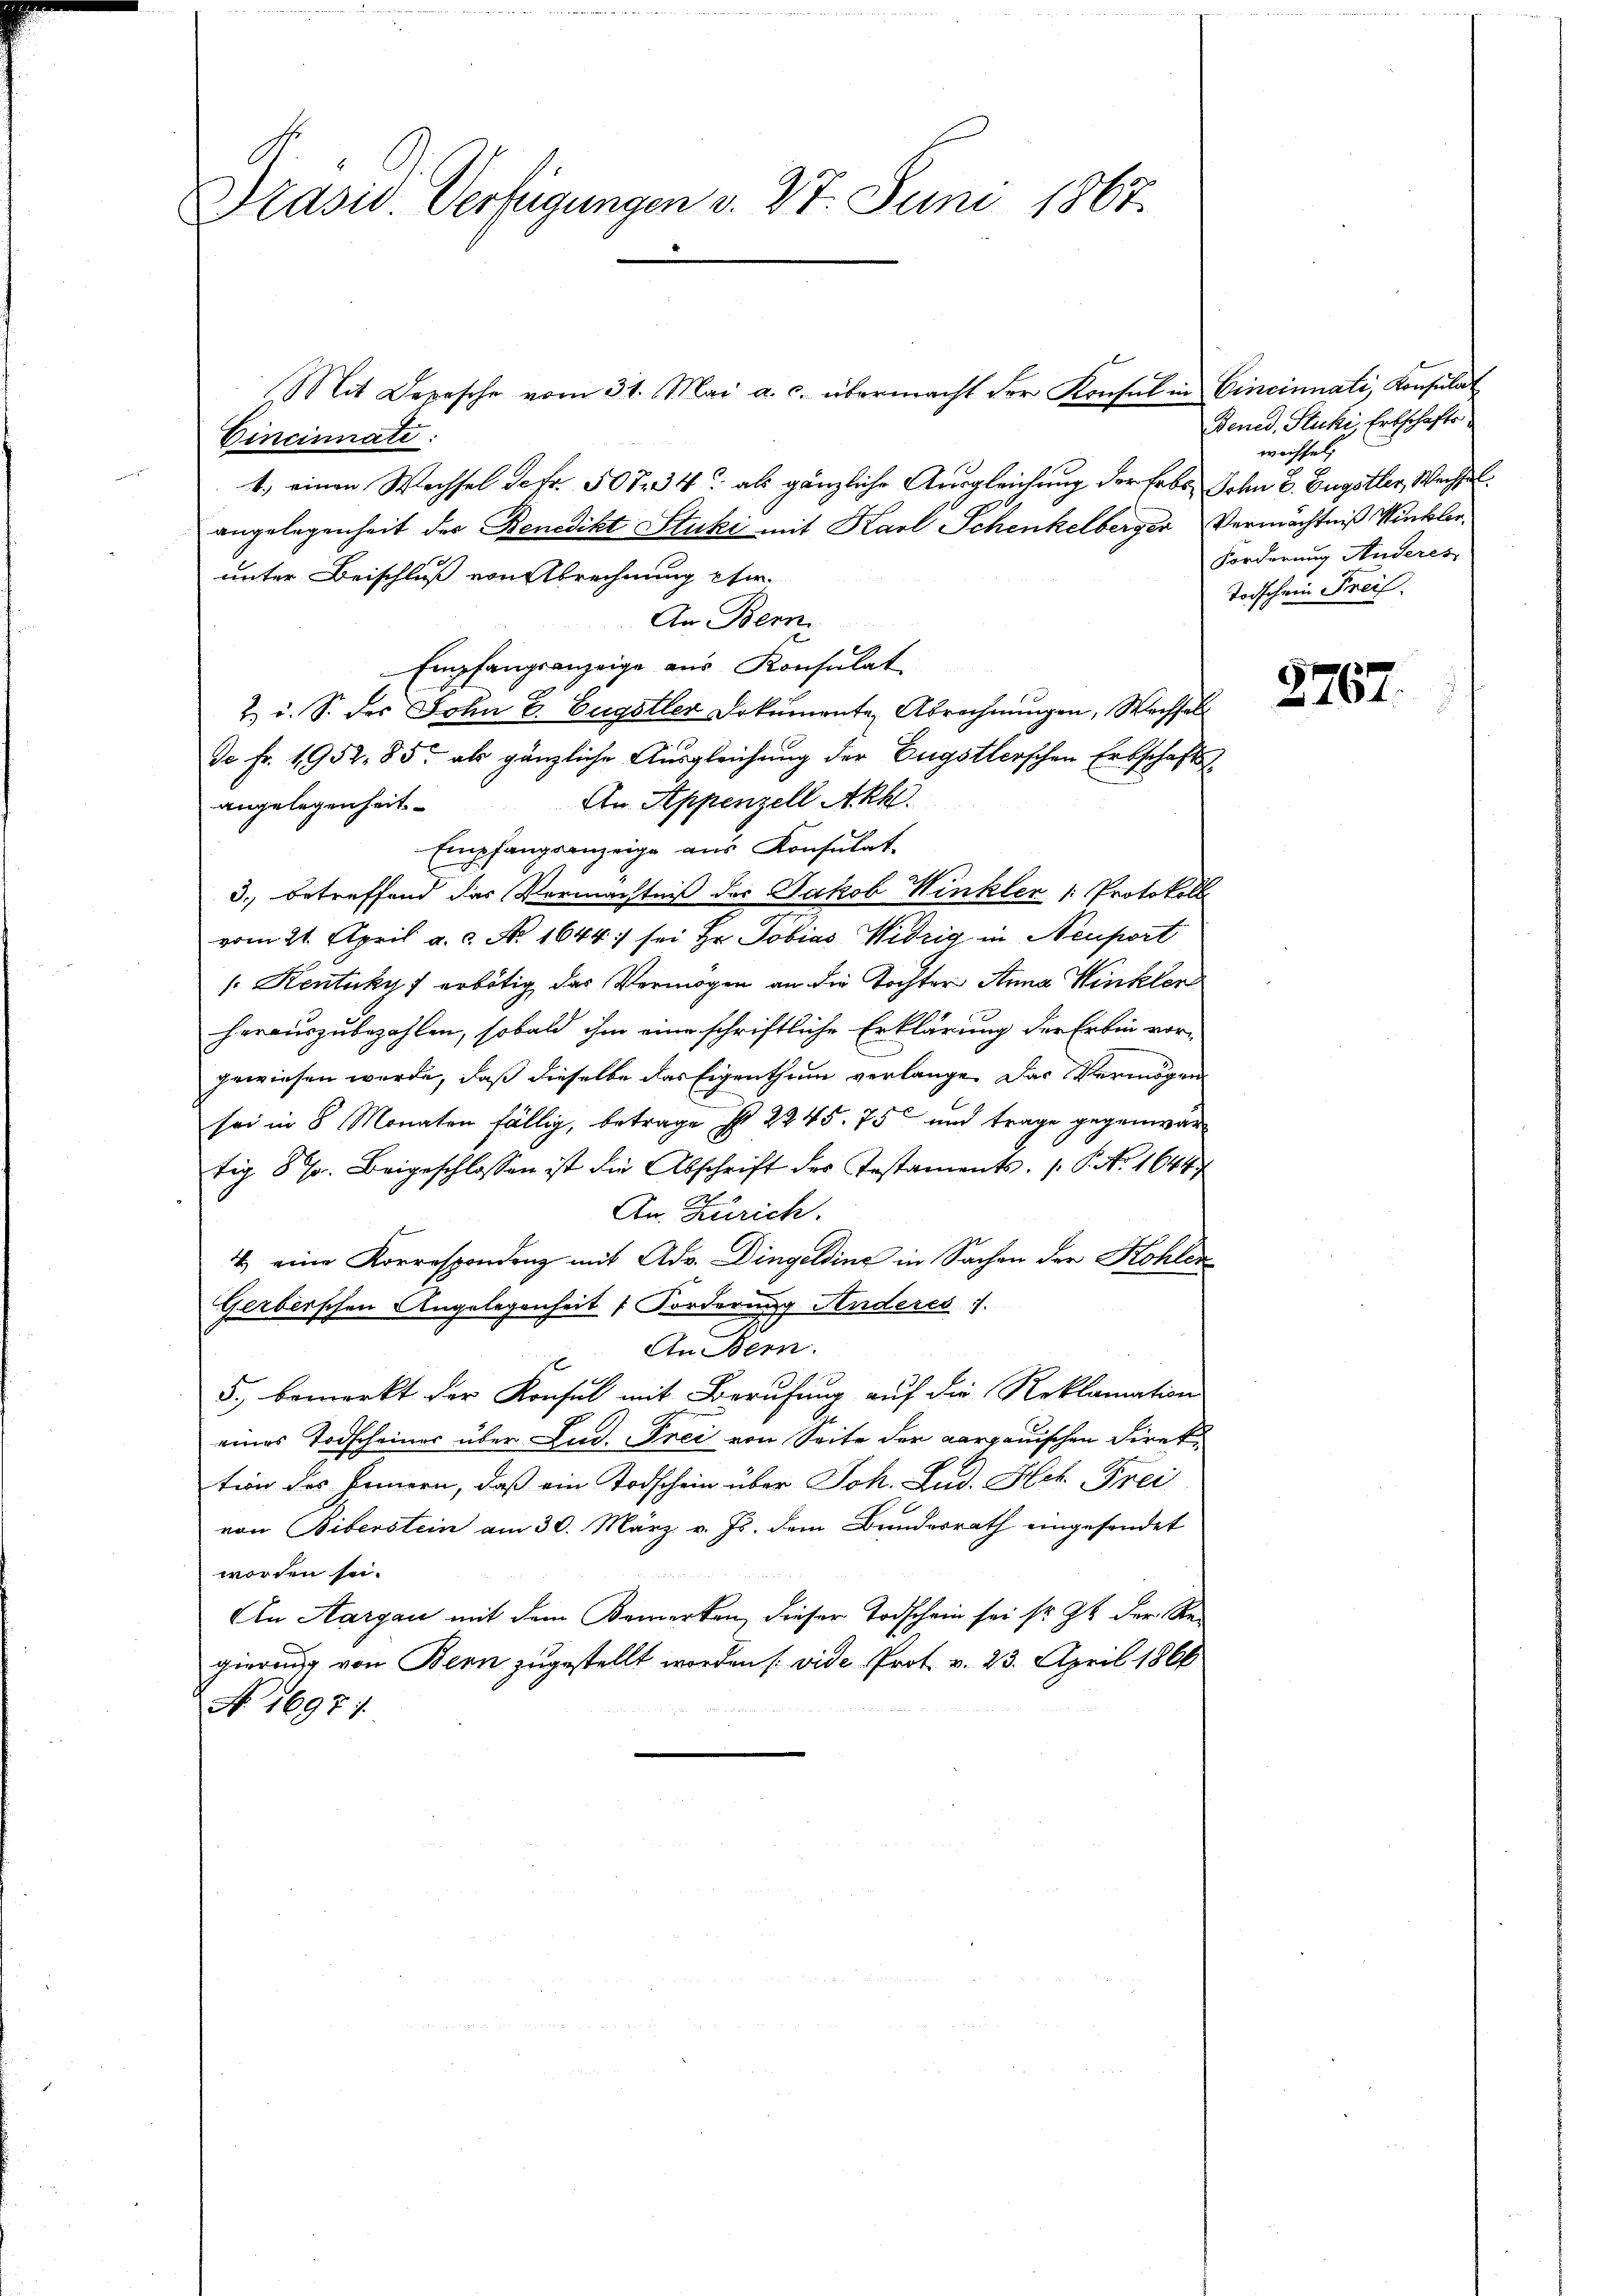
Präsid. Verfügungen v. 27. Juni 1867.

Mit Depesche vom 31. Mai a. c. übermacht der Konsul in Cincinati, Konsulat
Cincinnate:
1) einen Wechsel detr. 507. 34 als gänzliche Ausgleichung der Erbs Sohn E. Eugstler, Wechsel
angelegenheit des Benedikt Stucki mit Karl Schenkelberger Vermächtniß Winklerunter Beischluß von Abrechnung eher
An Bern.
Empfangsanzeige aus Konsulat
2. u. S. des John E. Eugstler Dokumente Abrechnungen, Wechsel
da Fr. 1952. 85. als gänzliche Ausgleichung der Engstlerschen Erbschafts
An Appenzell Akk
angelegenheit
Empfangsanzeige aus Konsulat
3. betreffend das Vermächtniß des Jakob Winkler /: Protokoll
vom 21. April a. c. No 1644 sei Hr. Tobias Widrig in Neuport
 Kentuky f erbötig das Vermögen an die Tochter Anna Winkler
herauszubezahlen, sobald ihm eine schriftliche Erklärung der Erben vorgewiesen wurde, daß dieselbe das Eigenthum verlangen das Vermögen
sei in 8 Monaten fällig, betrage I 2245. 75 und trage gegenwär
tig 87. Beigeschlossen ist die Abschrift der Testaments- /: P. No 1644
An Zürich.
4) eine Korrespondenz mit Adv. Dingelding in Sachen der Kohlen
Gerberschen Angelegenheit Forderung Anderes :/.
An Bern.
5., bemerkt der Konsul mit Berufung auf die Reklamation
eines Todscheiner über Lud. Frei von Seite der aargauischen Direk
tion des Innern, daß ein Todschein über Joh. Lud. Hch. Frei
von Biberstein am 30. März v. Js. dem Bundesrath eingesendet
worden sei.
An Aargau mit dem Bemerken, dieser Todschein sei sr. Zt. der Re-
gierung von Bern zugestellt worden [vide Prot. v. 23. April 1866
Ao 16971.

Bened, Stucki, Erbschafts
wechsel
Forderung Anderes
Todschein Freis.

2767.